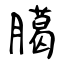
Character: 臈